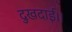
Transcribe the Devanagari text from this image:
दुखदाई।।